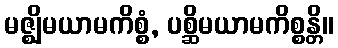
မဇ္ဈိမယာမကိစ္စံ, ပစ္ဆိမယာမကိစ္စန္တိ။